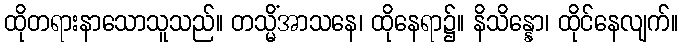
ထိုတရားနာသောသူသည်။ တသ္မိံအာသနေ၊ ထိုနေရာ၌။ နိသိန္နော၊ ထိုင်နေလျက်။